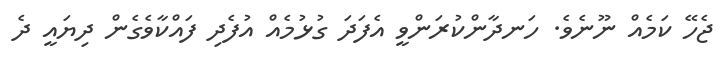
ޖެހޭ ކަމެއް ނޫނެވެ. ހަނދާންކުރަންވީ އެފަދަ ގުޅުމެއް އުފެދި ފައްކާވެގެން ދިޔައީ ދެ